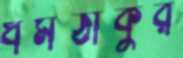
ধর্মঠাকুর